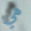
هي